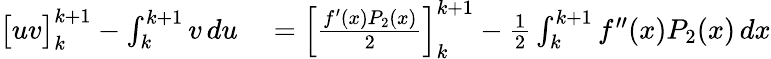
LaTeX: \begin{array}{rl}{{\bigl[}uv{\bigr]}_{k}^{k+1}-\int_{k}^{k+1}v\, du}&{{}=\left[{\frac{f^{\prime}(x)P_{2}(x)}{2}}\right]_{k}^{k+1}-{\frac{1}{2}}\int_{k}^{k+1}f^{\prime\prime}(x)P_{2}(x)\, dx}\end{array}